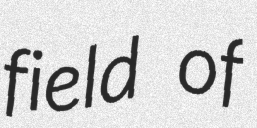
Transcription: field of